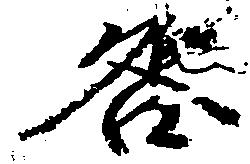
咎